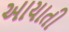
આયાતી